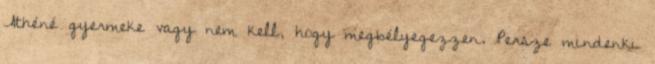
Athéné gyermeke vagy nem kell, hogy megbélyegezzen. Persze mindenki